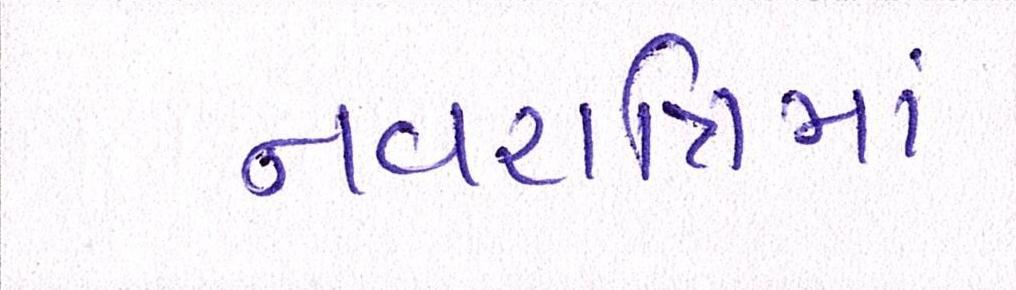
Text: નવરાત્રિમાં